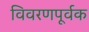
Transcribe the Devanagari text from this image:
विवरणपूर्वक